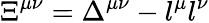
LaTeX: \Xi^{\mu\nu}=\Delta^{\mu\nu}-l^{\mu}l^{\nu}